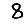
Digit: 8